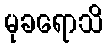
မုခရောသိ